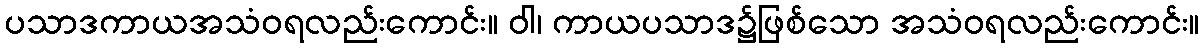
ပသာဒကာယအသံဝရလည်းကောင်း။ ဝါ၊ ကာယပသာဒ၌ဖြစ်သော အသံဝရလည်းကောင်း။